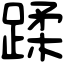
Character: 蹂